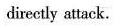
directly attack.